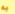
به